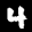
Label: 4